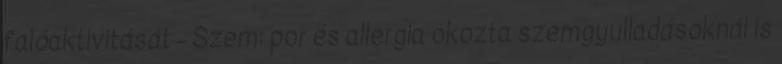
falóaktivitását - Szem: por és allergia okozta szemgyulladásoknál is